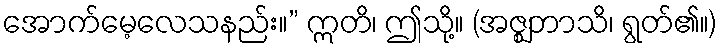
အောက်မေ့လေသနည်း။” ဣတိ၊ ဤသို့။ (အဇ္ဈဘာသိ၊ ရွတ်၏။)